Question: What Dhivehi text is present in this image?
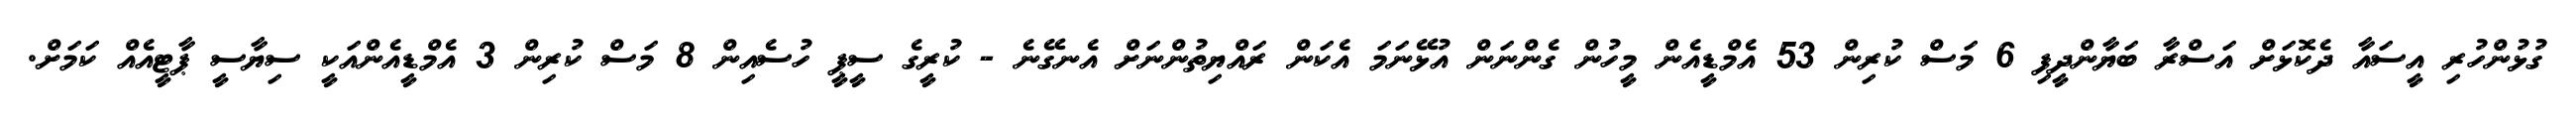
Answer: ގުޅުންހުރި އީސައާ ދެކޮޅަށް އަސްރާ ބަޔާންދީފި 6 މަސް ކުރިން 53 އެމްޑީއެން މީހުން ގެންނަން އުޅޭނަމަ އެކަން ރައްޔިތުންނަށް އެނގޭނެ - ކުރީގެ ސީޕީ ހުސެއިން 8 މަސް ކުރިން 3 އެމްޑީއެންއަކީ ސިޔާސީ ޕާޓީއެއް ކަމަށް.